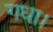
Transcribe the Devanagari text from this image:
गधा।